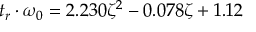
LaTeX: t _ { r } \cdot \omega _ { 0 } = 2 . 2 3 0 \zeta ^ { 2 } - 0 . 0 7 8 \zeta + 1 . 1 2